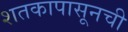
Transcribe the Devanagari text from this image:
शतकापासूनची